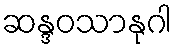
ဆန္ဒဝသာနုဂါ